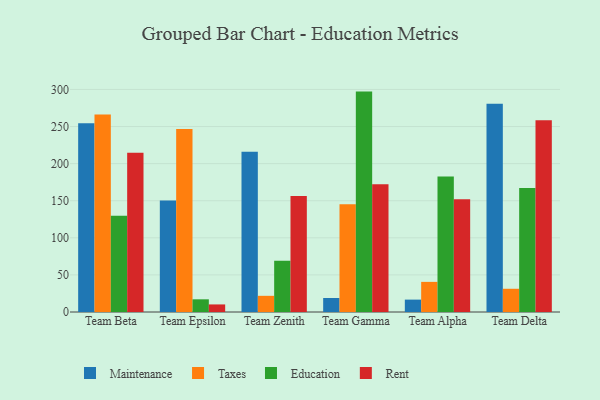
{"axis": {"x": "Team", "y": "Revenue (USD Million)"}, "legend": ["Education", "Maintenance", "Rent", "Taxes"], "data": [{"x": "Team Beta", "y": 254.6, "type": "Maintenance"}, {"x": "Team Beta", "y": 266.1, "type": "Taxes"}, {"x": "Team Beta", "y": 129.9, "type": "Education"}, {"x": "Team Beta", "y": 214.8, "type": "Rent"}, {"x": "Team Epsilon", "y": 150.4, "type": "Maintenance"}, {"x": "Team Epsilon", "y": 246.6, "type": "Taxes"}, {"x": "Team Epsilon", "y": 17.1, "type": "Education"}, {"x": "Team Epsilon", "y": 10.2, "type": "Rent"}, {"x": "Team Zenith", "y": 215.9, "type": "Maintenance"}, {"x": "Team Zenith", "y": 21.8, "type": "Taxes"}, {"x": "Team Zenith", "y": 69.2, "type": "Education"}, {"x": "Team Zenith", "y": 156.4, "type": "Rent"}, {"x": "Team Gamma", "y": 18.9, "type": "Maintenance"}, {"x": "Team Gamma", "y": 145.2, "type": "Taxes"}, {"x": "Team Gamma", "y": 297.1, "type": "Education"}, {"x": "Team Gamma", "y": 172.1, "type": "Rent"}, {"x": "Team Alpha", "y": 16.7, "type": "Maintenance"}, {"x": "Team Alpha", "y": 40.6, "type": "Taxes"}, {"x": "Team Alpha", "y": 182.6, "type": "Education"}, {"x": "Team Alpha", "y": 151.9, "type": "Rent"}, {"x": "Team Delta", "y": 280.7, "type": "Maintenance"}, {"x": "Team Delta", "y": 31.3, "type": "Taxes"}, {"x": "Team Delta", "y": 167.0, "type": "Education"}, {"x": "Team Delta", "y": 258.5, "type": "Rent"}]}